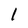
Character: 1